Report on vaccination in Madras 1877-1894 - 1877-1894
Year: 1877
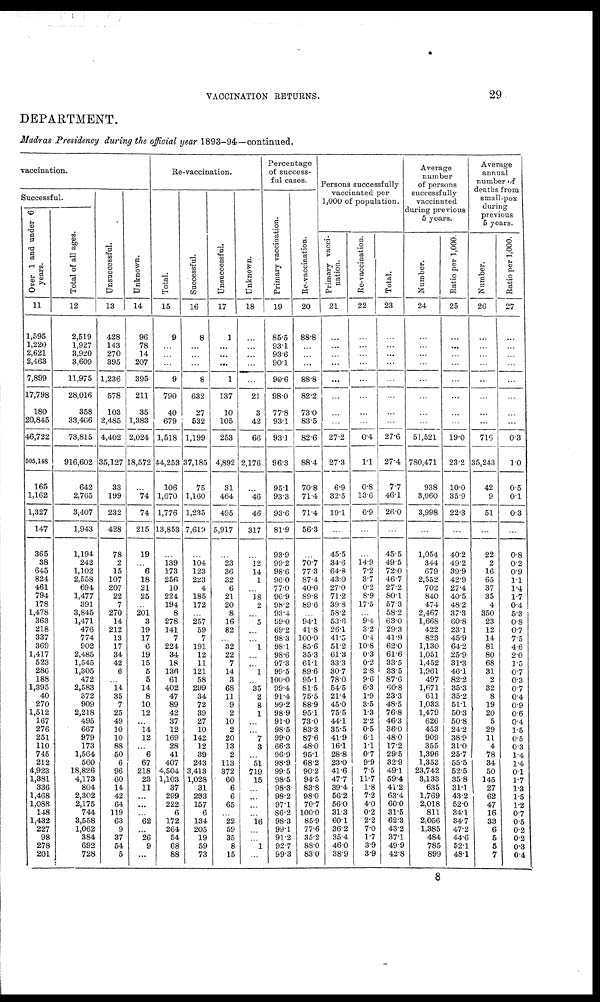
VACCINATION RETURNS.
29
DEPARTMENT.
Madras Presidency during the official year 1893-94—continued.
vaccination.
Successful.
Over 1 and tinder 6
years.
11
1,595
1,220
2,621
2,463
7,899
17,798
180
20,845
46,722
505,148
165
1,162
1,327
147
365
38
645
824
461
794
178
1,478
363
218
337
369
1,417
523
286
188
1,395
40
270
1,512
167
276
251
110
745
212
4,923
1,381
336
1,468
1,088
148
1,432
227
98
278
201
Total of all ages.
12
2,519
1,927
3,920
3,609
11,975
28,016
358
33,406
73,815
916,602
642
2,765
3,407
1,943
1,194
242
1,102
2,558
694
1,477
391
3,845
1,471
476
774
902
2,485
1,545
1,305
472
2,583
372
909
2,218
495
667
979
173
1,564
560
18,826
4,173
804
2,302
2,175
744
3,558
1,062
384
692
728
Unsuccessful.
13
428
143
270
395
1,236
578
103
2,485
4,402
35,127
33
199
232
428
78
2
15
107
207
22
7
270
14
212
13
17
34
42
6
...
14
35
7
25
49
10
10
88
50
6
96
60
14
42
64
119
63
9
37
54
5
Unknown.
14
96
78
14
207
395
211
35
1,383
2,024
18,572
...
74
74
215
19
...
6
18
21
25
...
201
3
19
17
6
19
15
5
5
14
8
10
12
...
14
12
...
6
67
218
23
11
...
...
...
62
...
26
9
...
Re-vaccination.
Total.
15
9
...
...
...
9
790
40
679
1,518
44,253
106
1,670
1,776
13,853
...
139
173
256
10
224
194
8
278
141
7
224
34
18
136
61
402
47
89
42
37
12
169
28
41
407
4,504
1,103
37
299
222
6
172
264
54
68
88
Successful.
16
8
...
...
...
8
632
27
532
1,199
37,185
75
1,160
1,235
7,619
...
104
123
223
4
185
172
...
257
59
7
191
12
11
121
58
299
34
72
39
27
10
142
12
39
243
3,413
1,028
31
293
157
6
134
205
19
59
73
Unsuccessful.
17
1
...
...
...
1
137
10
105
253
4,892
31
464
495
5,917
...
23
36
32
6
21
20
8
16
82
...
32
22
7
14
3
68
11
9
2
10
2
20
13
2
113
372
60
6
6
65
...
22
59
35
8
15
Unknown.
18
...
...
...
...
...
21
3
42
66
2,176
...
46
46
317
...
12
14
1
...
18
2
...
5
...
...
1
...
...
1
...
35
2
8
1
...
...
7
3
...
51
719
15
...
...
...
...
16
...
...
1
...
Percentage
of success-
ful cases.
Primary vaccination.
19
85.5
93.1
93.6
90.1
90.6
98.0
77.8
93.1
93.1
96.3
95.1
93.3
93.6
81.9
93.9
99.2
98.6
96.0
77.0
96.9
98.2
93.4
99.0
69.2
98.3
98.1
98.6
97.3
99.5
100.0
99.4
91.4
99.2
98.9
91.0
98.5
99.0
66.3
96.9
98.9
99.5
98.5
98.3
98.2
97.1
86.2
98.3
99.1
91.2
92.7
99.3
Re-vaccination.
20
88.8
...
...
...
88.8
82.2
73.0
83.5
82.6
88.4
70.8
71.4
71.4
56.3
...
70.7
77.3
87.4
40.0
89.8
89.6
...
94.1
41.8
100.0
85.6
35.3
61.1
89.6
95.1
81.5
75.5
88.9
95.1
73.0
83.3
87.6
48.0
95.1
68.2
90.2
94.5
83.8
98.0
70.7
100.0
85.9
77.6
35.2
88.0
83.0
Persons successfully
vaccinated per
1,000 of population.
Primary vacci-
nation.
21
...
...
...
...
...
...
...
...
27.2
27.3
6.9
32.5
19.1
...
45.5
34.6
64.8
43.0
27.0
71.2
39.8
58.2
53.6
26.1
41.5
51.2
61.8
33.3
30.7
78.0
54.5
21.4
45.0
75.5
44.1
35.5
41.9
16.1
28.8
23.0
41.6
47.7
39.4
56.2
56.0
31.3
60.1
36.2
35.4
46.0
38.9
Re-vaccination.
22
...
...
...
...
...
...
...
...
0.4
1.1
0.8
13.6
6.9
...
...
14.9
7.2
3.7
0.2
8.9
17.5
...
9.4
3.2
0.4
10.8
0.3
0.2
2.8
9.6
6.3
1.9
3.5
1.3
2.2
0.5
6.1
1.1
0.7
9.9
7.5
11.7
1.8
7.2
4.0
0.2
2.2
7.0
1.7
3.9
3.9
Total.
23
...
...
...
...
...
...
...
...
27.6
27.4
7.7
46.1
26.0
...
45.5
49.5
72.0
46.7
27.2
80.1
57.3
58.2
63.0
29.3
41.9
62.0
61.6
33.5
33.5
87.6
60.8
23.3
48.5
76.8
46.3
36.0
48.0
17.2
29.5
32.9
49.1
59.4
41.2
63.4
60.0
31.5
62.3
43.2
37.1
49.9
42.8
Average
number
of persons
successfully
vaccinated
during previous
5 years.
Number.
24
...
...
...
...
...
...
...
...
51,521
780,471
938
3,060
3,998
...
1,054
344
679
2,552
702
840
474
2,467
1,668
422
823
1,130
1,051
1,452
1,961
497
1,671
611
1,033
1,479
626
453
909
355
1,396
1,353
23,742
3,133
635
1,769
2,018
811
2,056
1,385
484
785
899
Ratio per 1,000.
25
...
...
...
...
...
...
...
...
19.0
23.2
10.0
35.9
22.3
...
40.2
49.2
39.9
42.9
27.4
40.5
48.2
37.3
60.8
23.1
45.9
64.2
25.9
31.3
46.1
82.2
35.3
35.2
51.1
50.3
50.8
24.2
38.9
31.0
25.7
55.5
52.5
35.8
31.1
43.2
52.0
34.1
34.7
47.2
44.6
52.1
48.1
Average
annual
number of
deaths from
small-pox
during
previous
5 years.
Number.
26
...
...
...
...
...
...
...
...
716
35,243
42
9
51
...
22
2
16
65
37
35
4
350
23
12
14
81
80
68
31
2
32
8
19
20
5
29
11
4
78
34
50
145
27
62
47
16
33
6
5
5
7
Ratio per 1,000.
27
...
...
...
...
...
...
...
...
0.3
1.0
0.5
0.1
0.3
...
0.8
0.2
0.9
1.1
1.4
1.7
0.4
5.3
0.8
0.7
7.5
4.6
2.0
1.5
0.7
0.3
0.7
0.4
0.9
0.6
0.4
1.5
0.5
0.3
1.4
1.4
0.1
1.7
1.3
1.5
1.2
0.7
0.5
0.2
0.2
0.3
0.4
8